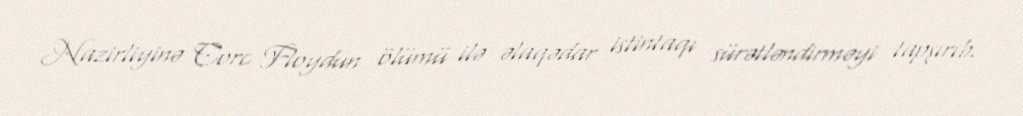
Nazirliyinə Corc Floydun ölümü ilə əlaqədar istintaqı sürətləndirməyi tapşırıb.